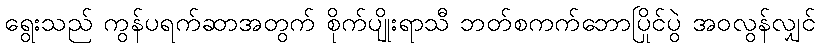
ရွေးသည် ကွန်ပရက်ဆာအတွက် စိုက်ပျိုးရာသီ ဘတ်စကက်ဘောပြိုင်ပွဲ အဝလွန်လျှင်